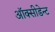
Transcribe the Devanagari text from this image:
ऑक्सीडेन्ट